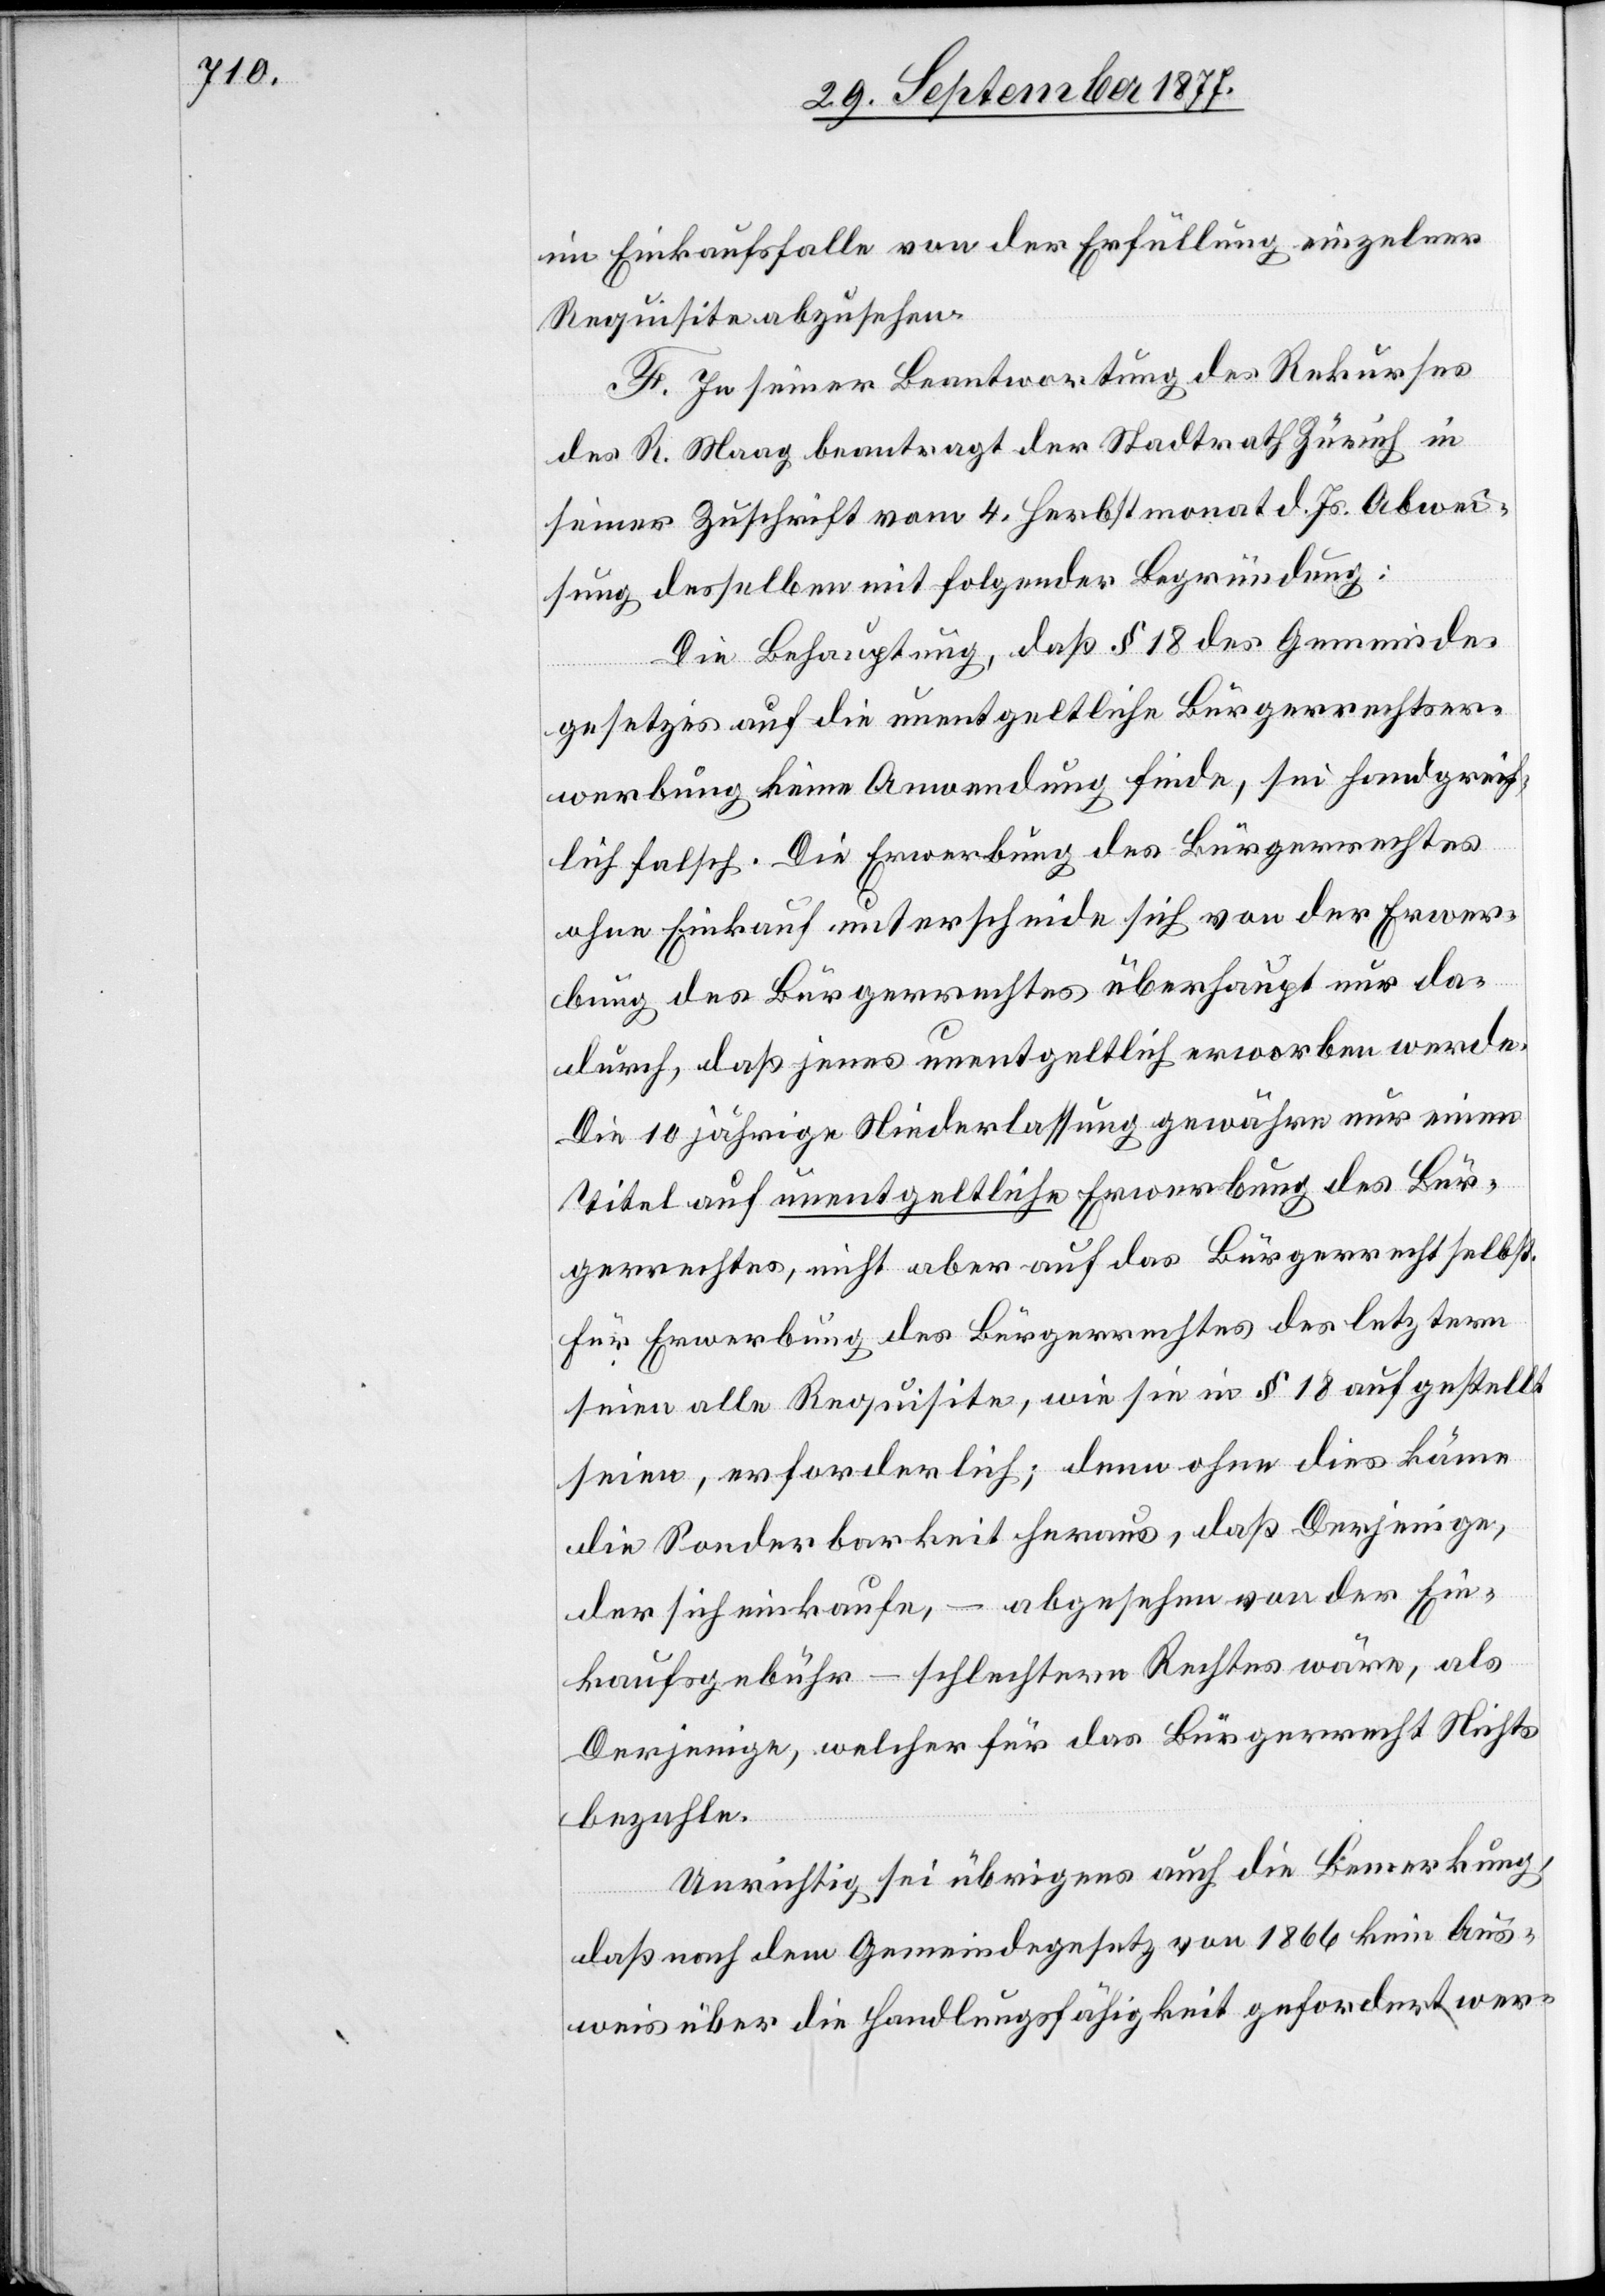
im Einkaufsfalle von der Erfüllung einzelner
Requisite abzusehen.
F. In seiner Beantwortung des Rekurses
des R. Maag beantragt der Stadtrath Zürich in
seiner Zuschrift vom 4. Herbstmonat d. Js. Abwei¬
sung desselben mit folgender Begründung:
Die Behauptung, daß § 18 des Gemeinde¬
gesetzes auf die unentgeltliche Bürgerrechtser¬
werbung keine Anwendung finde, sei handgreif¬
lich falsch. Die Erwerbung des Bürgerrechtes
ohne Einkauf unterscheide sich von der Erwer¬
bung des Bürgerrechtes überhaupt nur da¬
durch, daß jenes unentgeltlich erworben werde.
Die 10 jährige Niederlassung gewähre nur einen
Titel auf unentgeltliche Erwerbung des Bür¬
gerrechtes, nicht aber auf das Bürgerrecht selbst.
Für Erwerbung des Bürgerrechtes des letztern
seien alle Requisite, wie sie in § 18 aufgestellt
seien, erforderlich; denn ohne dies käme
die Sonderbarkeit heraus, daß Derjenige,
der sich einkaufe, – abgesehen von der Ein¬
kaufsgebühr – schlechtern Rechtes wäre, als
Derjenige, welcher für das Bürgerrecht Nichts
bezahle.
Unrichtig sei übrigens auch die Bemerkung,
daß nach dem Gemeindegesetz von 1866 kein Aus¬
weis über die Handlungsfähigkeit gefordert wer-